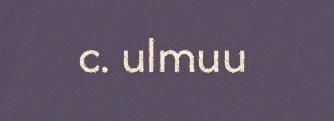
c. ulmuu